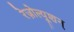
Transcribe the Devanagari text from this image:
रेज़ोल्यूशन्